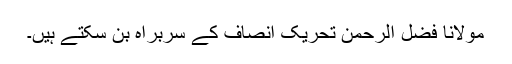
مولانا فضل الرحمن تحریک انصاف کے سربراہ بن سکتے ہیں۔